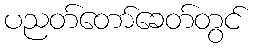
ပညတ်တော်ခေတ်တွင်